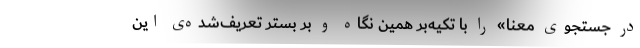
در جستجوی معنا» را با تکیه‌بر همین نگاه و بر بستر تعریف‌شده‌ی این